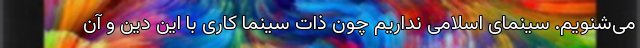
می‌شنویم. سینمای اسلامی نداریم چون ذات سینما کاری با این دین و آن